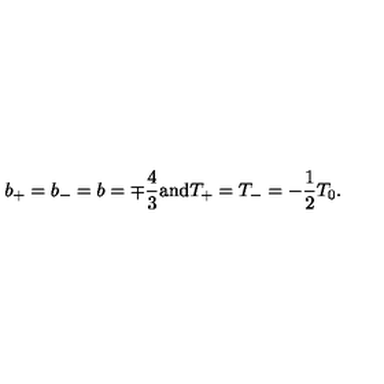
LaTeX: b _ { + } = b _ { - } = b = \mp \frac { 4 } { 3 } \mathrm { a n d } T _ { + } = T _ { - } = - \frac { 1 } { 2 } T _ { 0 } .